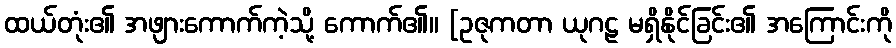
ထယ်တုံး၏ အဖျားကောက်ကဲ့သို့ ကောက်၏။ [ဥဇုကတာ ယုဂဠ မရှိနိုင်ခြင်း၏ အကြောင်းကို